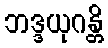
ဘဒ္ဒယုဂန္တိ